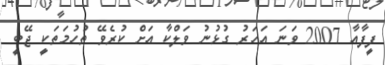
ފީފާއާ 2007 ވަނަ އަހަރު ގުޅުނު ވަލްކާ އަށް ކުރެވޭ ތުހުމަތަކީ ޖޭބީ